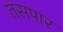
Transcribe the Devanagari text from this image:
तसपार